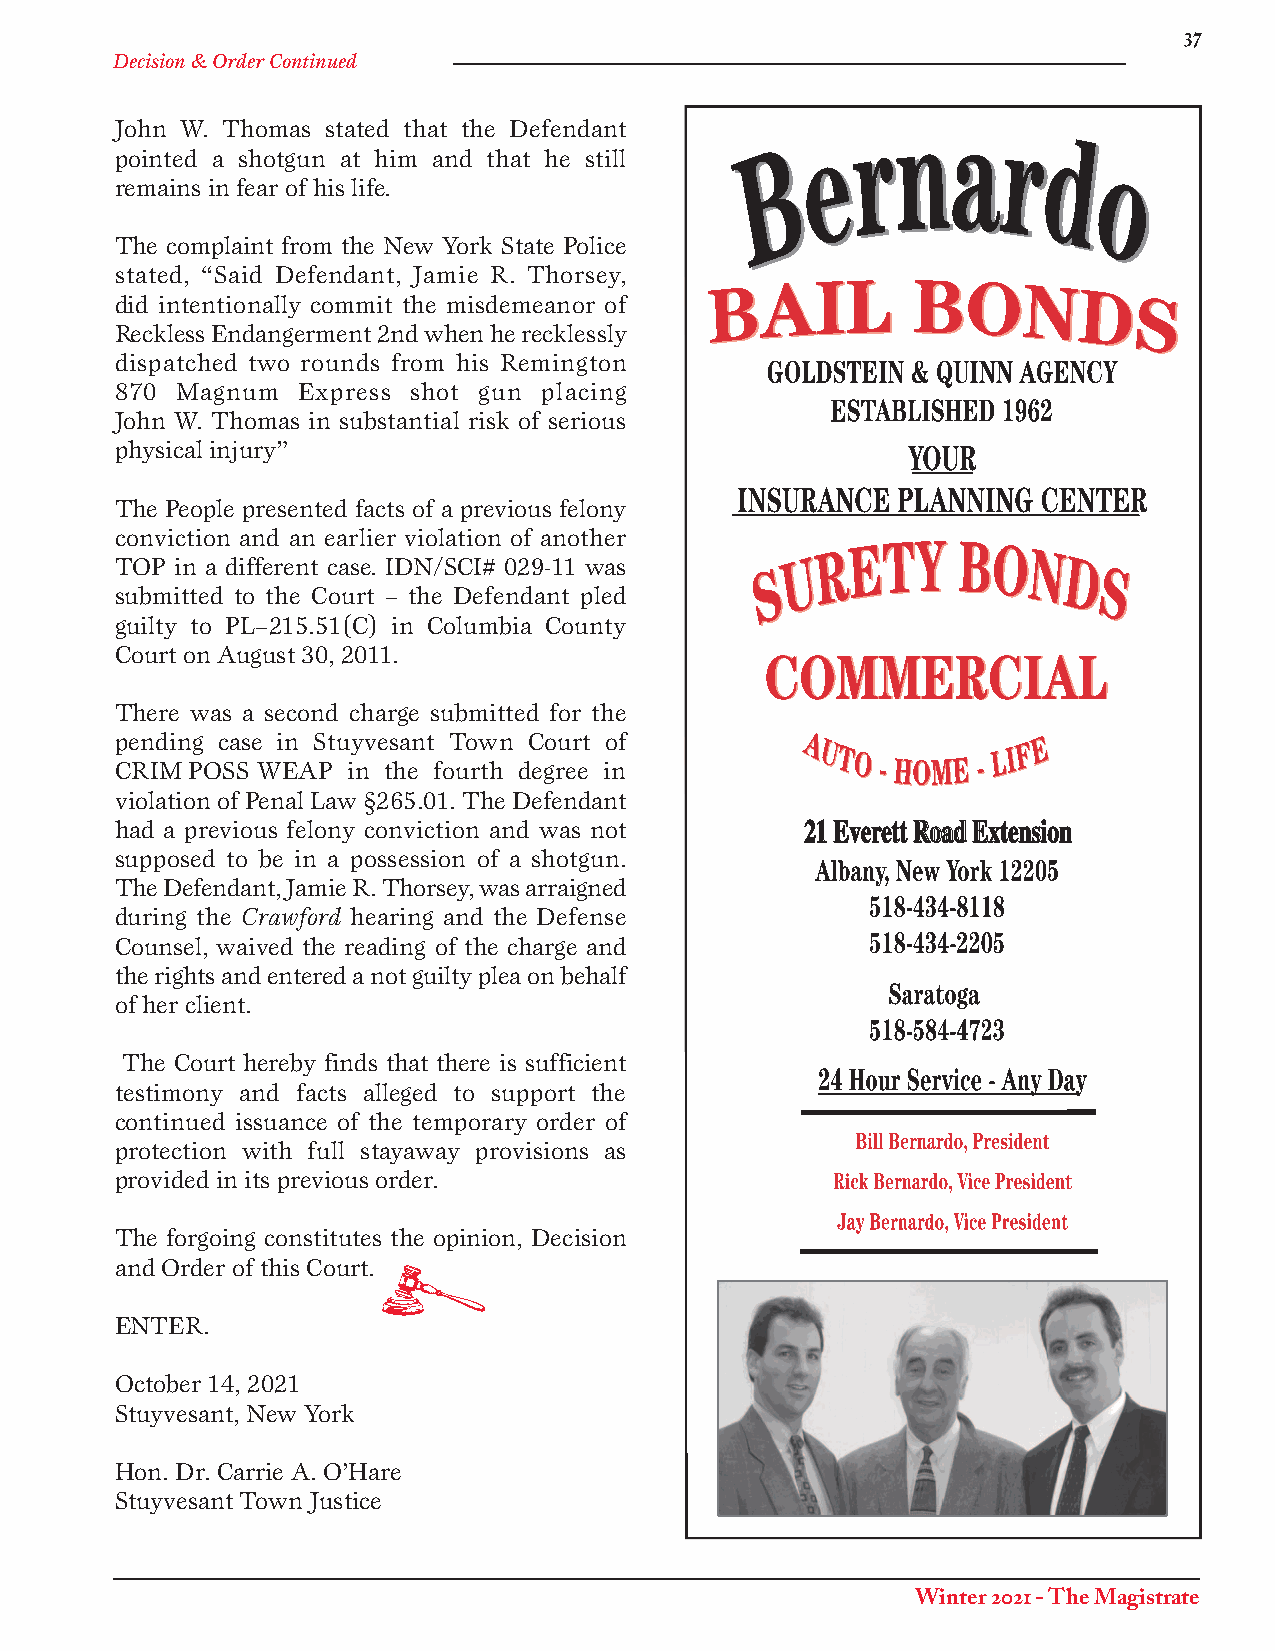
37
 Decision & Order Continued
 John W. Thomas stated that the Defendant
 pointed a shotgun at him and that he still
 remains in fear of his life.
 The complaint from the New York State Police
 stated, “Said Defendant, Jamie R. Thorsey,
 did intentionally commit the misdemeanor of
 Reckless Endangerment 2nd when he recklessly
 dispatched two rounds from his Remington
 870 Magnum  Express shot gun placing
 John W. Thomas in substantial risk of serious
 physical injury”
 The People presented facts of a previous felony
 conviction and an earlier violation of another
 TOP in a different case. IDN/SCI# 029-11 was
 submitted to the Court – the Defendant pled
 guilty to PL–215.51(C) in Columbia County
 Court on August 30, 2011.
 There was a second charge submitted for the
 pending case in Stuyvesant Town Court of
 CRIM POSS WEAP in the fourth degree in
 violation of Penal Law §265.01. The Defendant
 had a previous felony conviction and was not 2211 EEvveerreetttt RRooaadd EExxtteennssiioonn
 supposed to be in a possession of a shotgun.
 The Defendant, Jamie R. Thorsey, was arraigned
 during the Crawford hearing and the Defense
 Counsel, waived the reading of the charge and
 the rights and entered a not guilty plea on behalf
 of her client.
 The Court hereby finds that there is sufficient
 testimony and facts alleged to support the
 continued issuance of the temporary order of
 protection with full stayaway provisions as
 provided in its previous order.
 The forgoing constitutes the opinion, Decision
 and Order of this Court.
 ENTER.
 October 14, 2021
 Stuyvesant, New York
 Hon. Dr. Carrie A. O’Hare
 Stuyvesant Town Justice
 Winter 2021 - The Magistrate